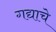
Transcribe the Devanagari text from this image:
गद्याचे